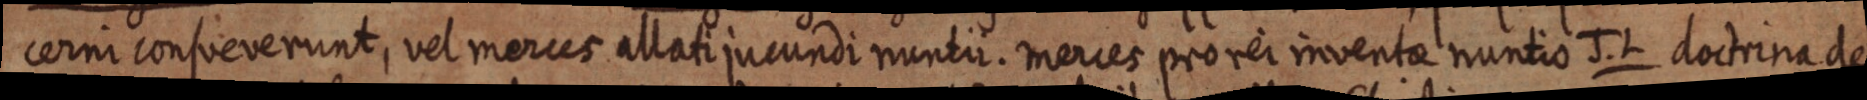
cerni consueverunt, vel merces allati jucundi nuntii. Merces pro rei inventae nuntio J. L doctrina de